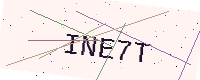
Text: INE7T